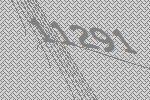
11291